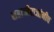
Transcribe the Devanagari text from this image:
शहाजीराजांनीच